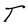
Character: T